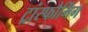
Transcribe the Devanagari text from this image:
ट्रांस्फौर्मिंग